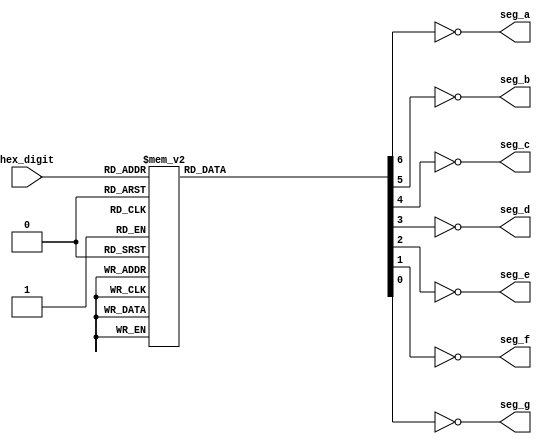
module HEX ( 
    input [3:0] hex_digit,
    output seg_a, 
	 output seg_b, 
	 output seg_c, 
	 output seg_d, 
	 output seg_e, 
	 output seg_f, 
	 output seg_g);  //funciones de salida
    reg [6:0] segment_data; //definimos reg al utilizarlo dentro de un always

    always@(hex_digit) //lista de sensibilidad
        case (hex_digit)               

            4'b 0000: segment_data=7'b 1111110;
            4'b 0001: segment_data=7'b 0110000;
            4'b 0010: segment_data=7'b 1101101;
            4'b 0011: segment_data=7'b 1111001;
            4'b 0100: segment_data=7'b 0110011;
            4'b 0101: segment_data=7'b 1011011;
            4'b 0110: segment_data=7'b 0011111; 
            4'b 0111: segment_data=7'b 1110000;
            4'b 1000: segment_data=7'b 1111111;
            4'b 1001: segment_data=7'b 1110011;
            4'b 1010: segment_data=7'b 1110111;
            4'b 1011: segment_data=7'b 0011111;
            4'b 1100: segment_data=7'b 1001110;
            4'b 1101: segment_data=7'b 0111101;
            4'b 1110: segment_data=7'b 1001111;
            4'b 1111: segment_data=7'b 1000111;        
            default: segment_data=7'b 1111111;
        endcase

   assign  seg_a=!segment_data[6];
   assign  seg_b=!segment_data[5];
   assign  seg_c=!segment_data[4];
   assign  seg_d=!segment_data[3];
   assign  seg_e=!segment_data[2];
   assign  seg_f=!segment_data[1];
   assign  seg_g=!segment_data[0];

    
endmodule